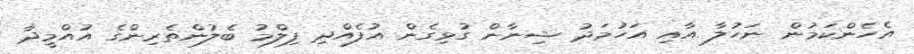
އެހެންކަމުން ނަހުލާ އާއި އަހުމަދު ޝިނާން ގުޅިގެން އުފެއްދި ފިލްމު ބެލުންތެރިންގެ އުއްމީދާ